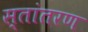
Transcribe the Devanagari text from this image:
स्तांतरण